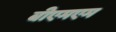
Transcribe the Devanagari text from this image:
बीएमएम